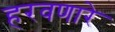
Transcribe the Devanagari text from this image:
हरवणारे